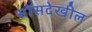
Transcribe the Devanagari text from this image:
सॉसदेखील